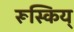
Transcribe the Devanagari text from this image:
रूस्किय्